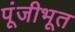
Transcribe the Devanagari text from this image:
पूंजीभूत